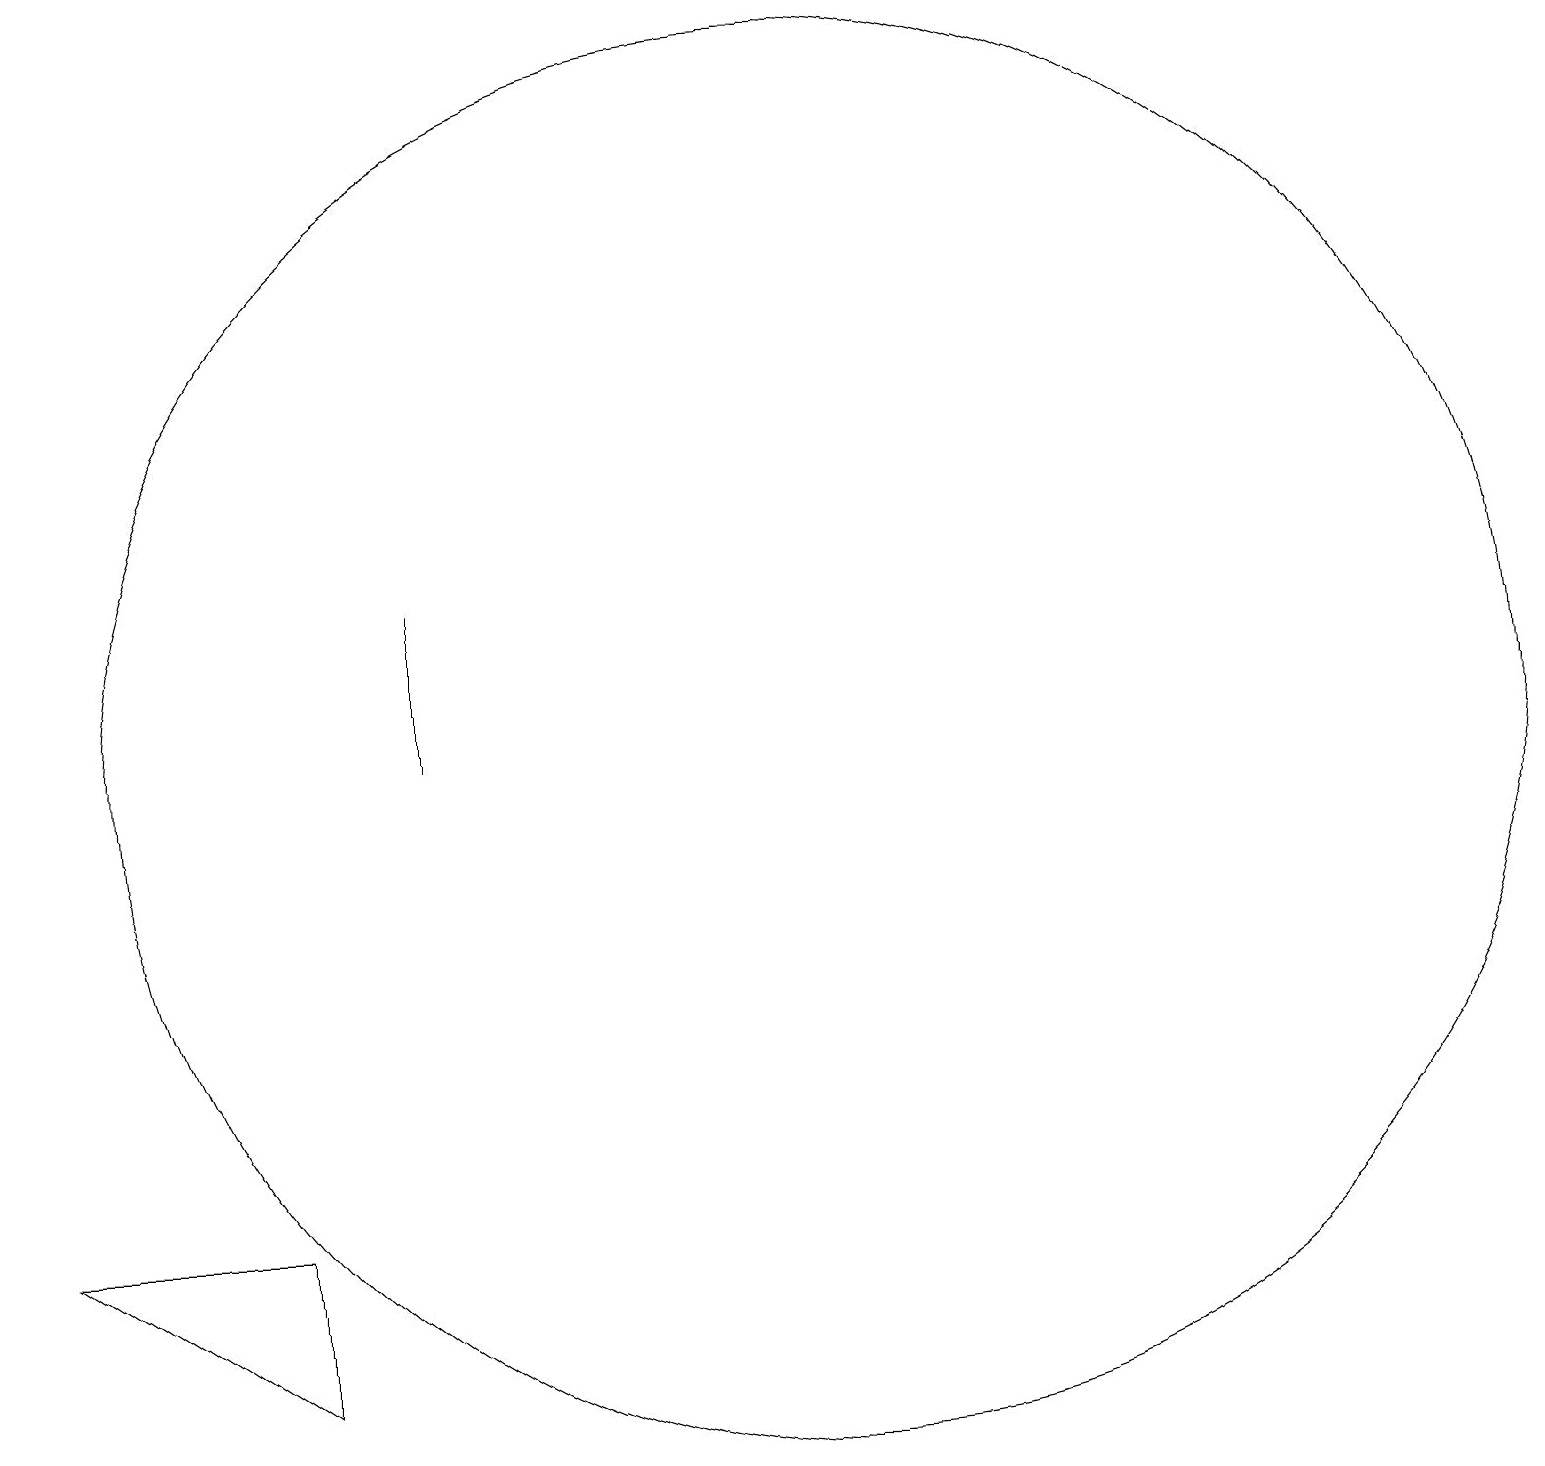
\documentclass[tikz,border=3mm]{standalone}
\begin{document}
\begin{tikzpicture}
\draw (10,11) circle (0);
\draw (10,10) circle (9);
\draw (5,12) rectangle (5,10);
\draw (3,4) -- (3,2) -- (0,4) -- cycle;
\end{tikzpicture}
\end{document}